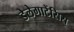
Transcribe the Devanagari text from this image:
डेलेगाटेंसिस